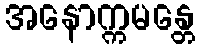
အနောက္ကမန္တေ